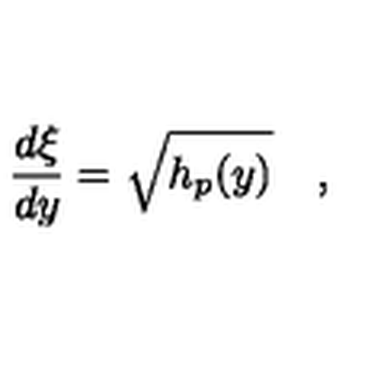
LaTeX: { \frac { d \xi } { d y } } = \sqrt { h _ { p } ( y ) } \quad ,